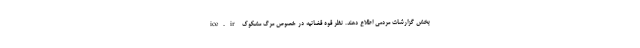
ice.ir بخش گزارشات مردمی اطلاع دهند. نظر قوه قضائیه در خصوص مرگ مشکوک